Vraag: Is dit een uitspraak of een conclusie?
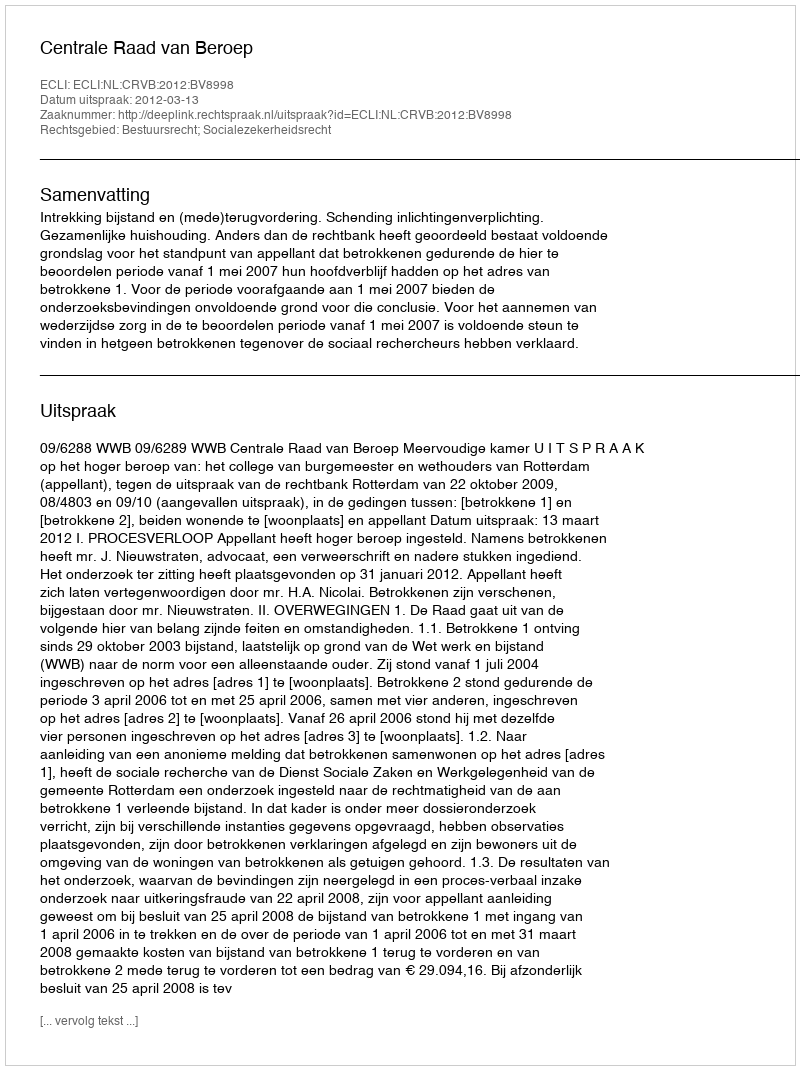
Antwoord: Uitspraak